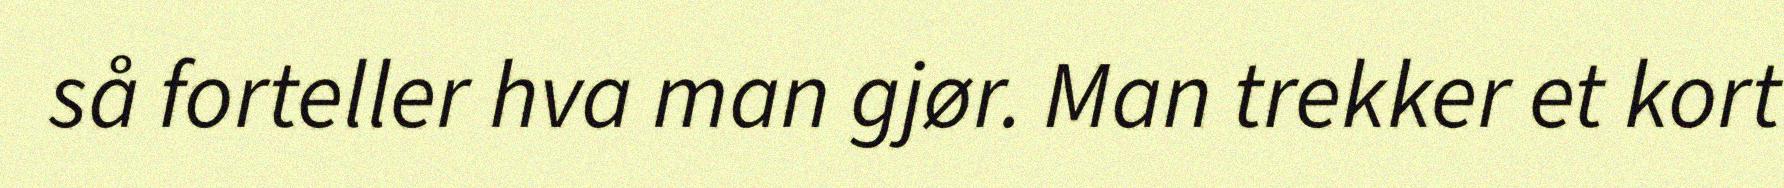
så forteller hva man gjør. Man trekker et kort